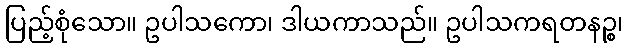
ပြည့်စုံသော။ ဥပါသကော၊ ဒါယကာသည်။ ဥပါသကရတနဉ္စ၊